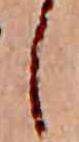
し